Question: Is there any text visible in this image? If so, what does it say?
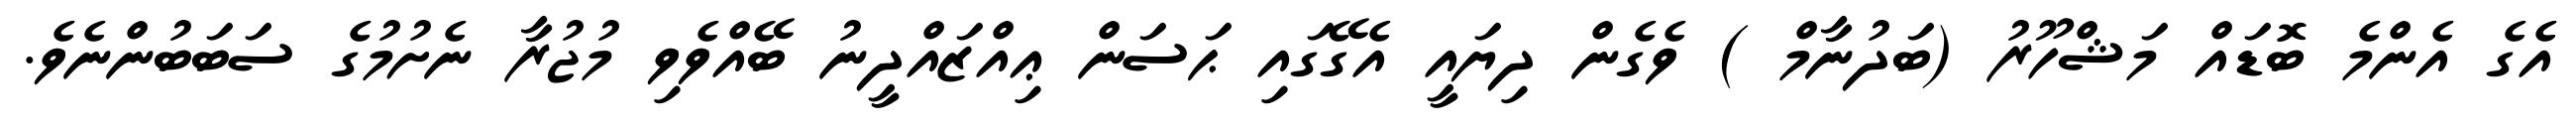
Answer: އެގެ އެންމެ ބޮޑައް މަޝްހޫރު (ބަދުނާމް ) ވެގެން ދިޔައީ އެގޭގައި ޙަސަން ޢިއްޒައްދީނު ބޭއްވެވި މުޖުރާ ނެށުމުގެ ސަބަބުންނެވެ.